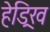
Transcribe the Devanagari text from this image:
हेड्रिख